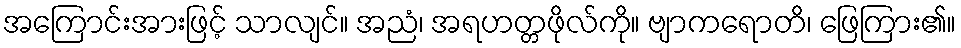
အကြောင်းအားဖြင့် သာလျင်။ အညံ၊ အရဟတ္တဖိုလ်ကို။ ဗျာကရောတိ၊ ဖြေကြား၏။